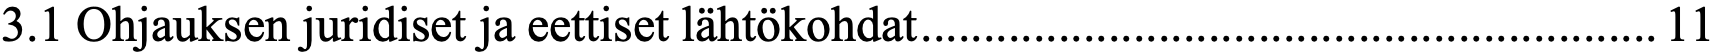
3.1 Ohjauksen juridiset ja eettiset lähtökohdat ........................................................... 11